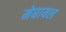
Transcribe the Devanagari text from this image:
मेघायल